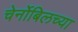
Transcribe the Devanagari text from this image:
चेर्नोबिलच्या